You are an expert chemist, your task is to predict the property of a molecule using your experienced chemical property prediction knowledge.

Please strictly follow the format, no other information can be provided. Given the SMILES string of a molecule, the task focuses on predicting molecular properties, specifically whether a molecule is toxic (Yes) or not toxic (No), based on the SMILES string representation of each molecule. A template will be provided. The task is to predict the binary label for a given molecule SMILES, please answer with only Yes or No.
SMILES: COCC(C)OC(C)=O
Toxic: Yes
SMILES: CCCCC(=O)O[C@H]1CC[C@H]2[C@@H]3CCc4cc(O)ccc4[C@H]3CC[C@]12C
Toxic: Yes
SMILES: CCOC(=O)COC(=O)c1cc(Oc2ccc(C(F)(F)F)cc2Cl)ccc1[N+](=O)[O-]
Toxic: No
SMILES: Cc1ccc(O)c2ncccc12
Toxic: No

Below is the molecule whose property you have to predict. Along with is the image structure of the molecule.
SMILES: O=C1[N-]C(=O)c2ccccc21
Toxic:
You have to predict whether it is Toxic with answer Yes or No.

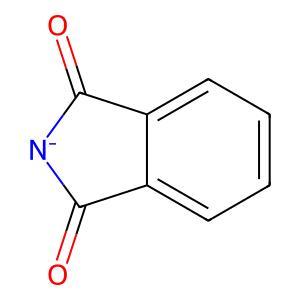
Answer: No